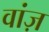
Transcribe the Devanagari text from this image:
वांज़